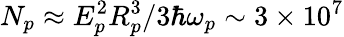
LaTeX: N_{p}\approx E_{p}^{2}R_{p}^{3}/3\hbar\omega_{p}\sim 3\times 10^{7}